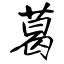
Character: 葛